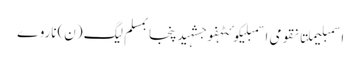
اسمبلیملتانقومی اسمبلیکوئٹہفوجشہیدپنجابمسلم لیگ (ن)ناروے